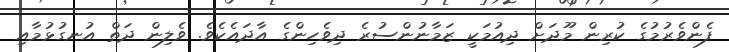
ފެންވެރުމުގެ ކުރިން މޫދަށް ދިއުމަކީ ޒަމާނުންސުރެ ދިވެހިންގެ އާދައެކެވެ. ވެލިން ދަތް އުނގުޅުމާއި